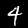
Digit: 4